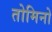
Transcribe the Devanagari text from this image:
तोमिनो